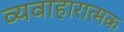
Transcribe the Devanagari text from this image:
व्यवाहारात्मक